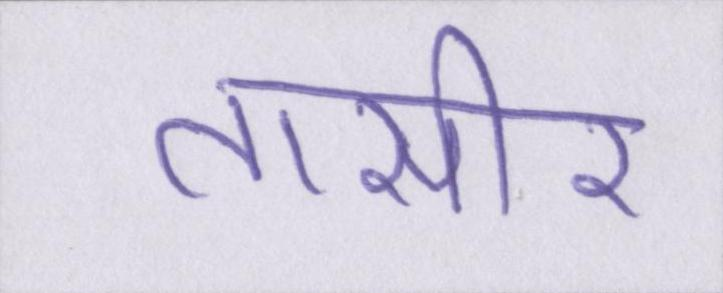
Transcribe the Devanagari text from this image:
तासीर